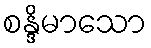
စန္ဒိမာသော